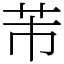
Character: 芾